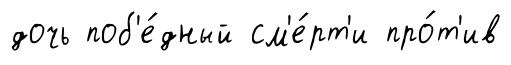
дочь поб'е́дный см'е́рт'и про́т'ив